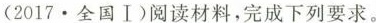
(2017·全国Ⅰ)阅读材料，完成下列要求。